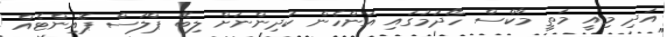
އަދި މިއީ މަތީ މާކްސް ހޯދުމުގައި އަންހެން ކުދިންނަށް ލިބޭ ޕްލަސް ޕޮއިންޓެއް